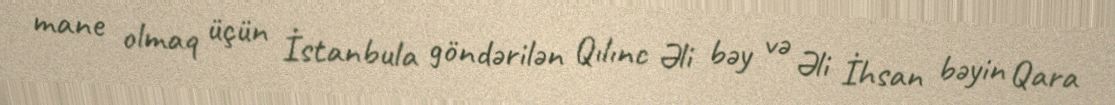
mane olmaq üçün İstanbula göndərilən Qılınc Əli bəy və Əli İhsan bəyin Qara